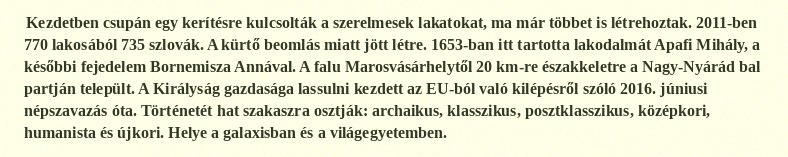
Kezdetben csupán egy kerítésre kulcsolták a szerelmesek lakatokat, ma már többet is létrehoztak. 2011-ben 770 lakosából 735 szlovák. A kürtő beomlás miatt jött létre. 1653-ban itt tartotta lakodalmát Apafi Mihály, a későbbi fejedelem Bornemisza Annával. A falu Marosvásárhelytől 20 km-re északkeletre a Nagy-Nyárád bal partján települt. A Királyság gazdasága lassulni kezdett az EU-ból való kilépésről szóló 2016. júniusi népszavazás óta. Történetét hat szakaszra osztják: archaikus, klasszikus, posztklasszikus, középkori, humanista és újkori. Helye a galaxisban és a világegyetemben.